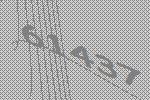
61437